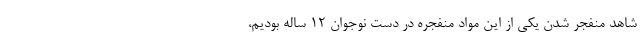
شاهد منفجر شدن یکی از این مواد منفجره در دست نوجوان ۱۲ ساله بودیم،